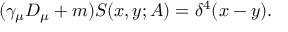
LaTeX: ( \gamma _ { \mu } D _ { \mu } + m ) S ( x , y ; A ) = \delta ^ { 4 } ( x - y ) .